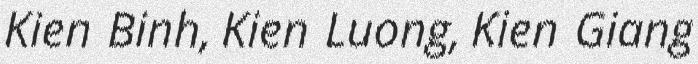
Kien Binh, Kien Luong, Kien Giang